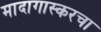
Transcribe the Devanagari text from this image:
मादागास्करचा